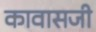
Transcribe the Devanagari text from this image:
कावासजी